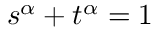
\textstyle s ^ { \alpha } + t ^ { \alpha } = 1